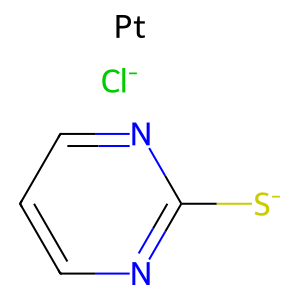
SMILES: [Cl-].[Pt].[S-]c1ncccn1
Inhibits HIV replication: No